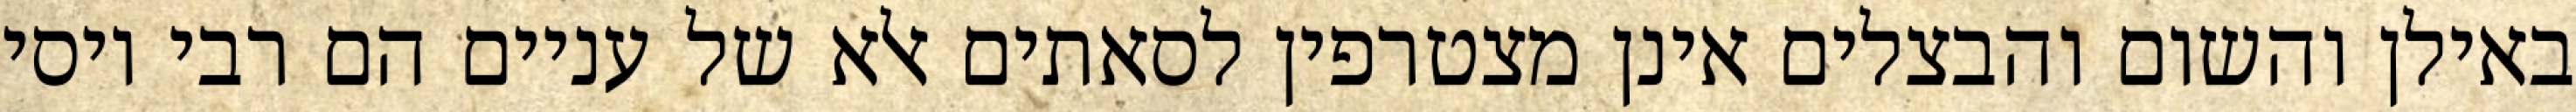
באילן והשום והבצלים אינן מצטרפין לסאתים אלא של עניים הם רבי יוסי